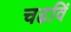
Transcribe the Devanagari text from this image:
चढविं